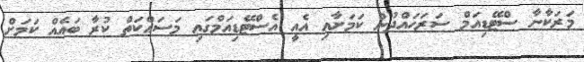
މަރަކާނާ ސްޓޭޑިއަމް ސަރަހައްދުން ކަމަށާއި އެއީ އެސްޓޭޑިއަމްގައި މަސައްކަތް ކުރާ ބައެއް ކަމަށް